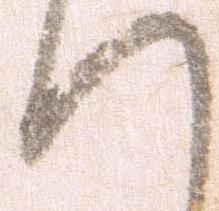
へ